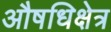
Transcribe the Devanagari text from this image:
औषधिक्षेत्र